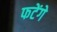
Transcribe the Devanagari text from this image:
फटेंगे